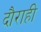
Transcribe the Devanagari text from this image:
दौराही